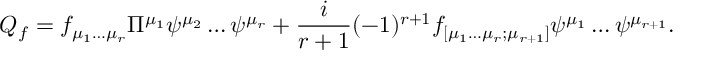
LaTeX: Q _ { f } = f _ { \mu _ { 1 } \dots \mu _ { r } } \Pi ^ { \mu _ { 1 } } \psi ^ { \mu _ { 2 } } \dots \psi ^ { \mu _ { r } } + \frac { i } { r + 1 } ( - 1 ) ^ { r + 1 } f _ { [ \mu _ { 1 } \dots \mu _ { r } ; \mu _ { r + 1 } ] } \psi ^ { \mu _ { 1 } } \dots \psi ^ { \mu _ { r + 1 } } .